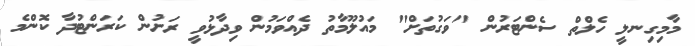
މާމިގިނލީ ހެލްތް ސެންޓަރުން "ވަގުތަށް" މައުލޫމާތު ދެއްވަމުން ވިދާޅުވީ ރަށުން ކަރަންޓުދާ ކޮންމެ